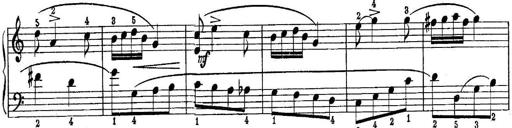
Title: Piano Sonatina No.1 in C major
Composer: Tadeusz Joteyko
Key: C major